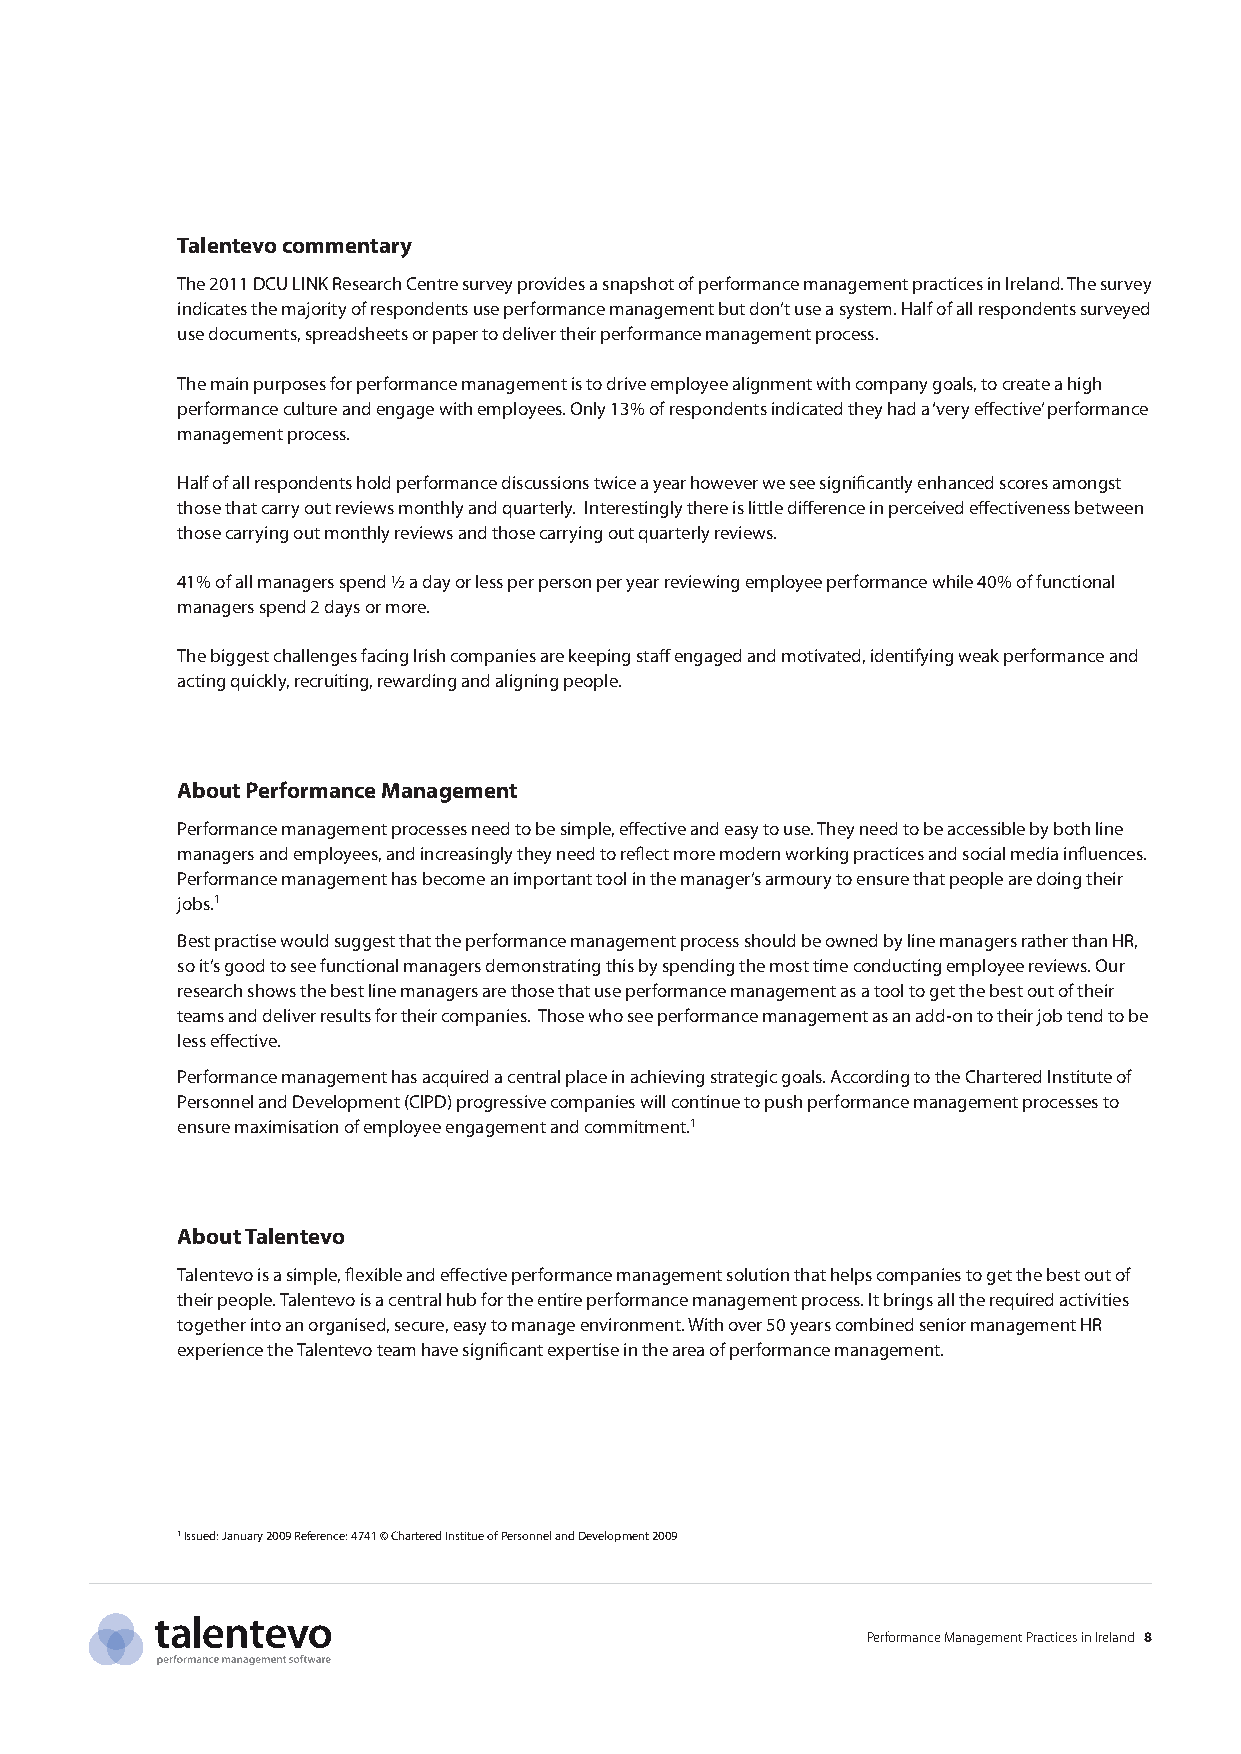
Talentevo commentary
 The 2011 DCU LINK Research Centre survey provides a snapshot of performance management practices in Ireland. The survey
 indicates the majority of respondents use performance management but don’t use a system. Half of all respondents surveyed
 use documents, spreadsheets or paper to deliver their performance management process.
 The main purposes for performance management is to drive employee alignment with company goals, to create a high
 performance culture and engage with employees. Only 13% of respondents indicated they had a ‘very effective’ performance
 management process.
 Half of all respondents hold performance discussions twice a year however we see significantly enhanced scores amongst
 those that carry out reviews monthly and quarterly. Interestingly there is little difference in perceived effectiveness between
 those carrying out monthly reviews and those carrying out quarterly reviews.
 41% of all managers spend ½ a day or less per person per year reviewing employee performance while 40% of functional
 managers spend 2 days or more.
 The biggest challenges facing Irish companies are keeping staff engaged and motivated, identifying weak performance and
 acting quickly, recruiting, rewarding and aligning people.
 About Performance Management
 Performance management processes need to be simple, effective and easy to use. They need to be accessible by both line
 managers and employees, and increasingly they need to reflect more modern working practices and social media influences.
 Performance management has become an important tool in the manager’s armoury to ensure that people are doing their
 jobs.1
 Best practise would suggest that the performance management process should be owned by line managers rather than HR,
 so it’s good to see functional managers demonstrating this by spending the most time conducting employee reviews. Our
 research shows the best line managers are those that use performance management as a tool to get the best out of their
 teams and deliver results for their companies. Those who see performance management as an add-on to their job tend to be
 less effective.
 Performance management has acquired a central place in achieving strategic goals. According to the Chartered Institute of
 Personnel and Development (CIPD) progressive companies will continue to push performance management processes to
 ensure maximisation of employee engagement and commitment.1
 About Talentevo
 Talentevo is a simple, flexible and effective performance management solution that helps companies to get the best out of
 their people. Talentevo is a central hub for the entire performance management process. It brings all the required activities
 together into an organised, secure, easy to manage environment. With over 50 years combined senior management HR
 experience the Talentevo team have significant expertise in the area of performance management.
 1 Issued: January 2009 Reference: 4741 © Chartered Institue of Personnel and Development 2009
 Performance Management Practices in Ireland 8